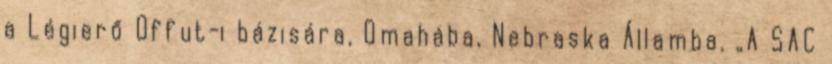
a Légierő Offut-i bázisára, Omahába, Nebraska Államba. „A SAC